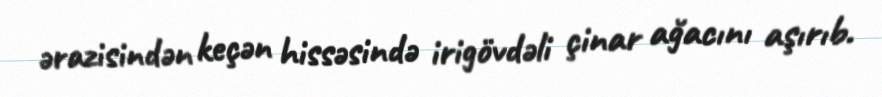
ərazisindən keçən hissəsində irigövdəli çinar ağacını aşırıb.